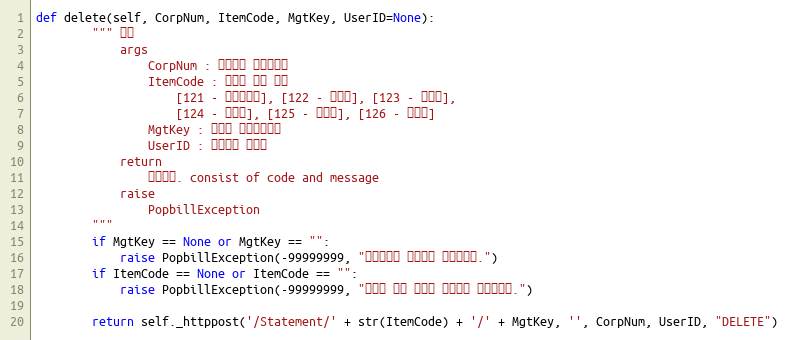
Language: Python
def delete(self, CorpNum, ItemCode, MgtKey, UserID=None):
        """ 삭제
            args
                CorpNum : 팝빌회원 사업자번호
                ItemCode : 명세서 종류 코드
                    [121 - 거래명세서], [122 - 청구서], [123 - 견적서],
                    [124 - 발주서], [125 - 입금표], [126 - 영수증]
                MgtKey : 파트너 문서관리번호
                UserID : 팝빌회원 아이디
            return
                처리결과. consist of code and message
            raise
                PopbillException
        """
        if MgtKey == None or MgtKey == "":
            raise PopbillException(-99999999, "관리번호가 입력되지 않았습니다.")
        if ItemCode == None or ItemCode == "":
            raise PopbillException(-99999999, "명세서 종류 코드가 입력되지 않았습니다.")

        return self._httppost('/Statement/' + str(ItemCode) + '/' + MgtKey, '', CorpNum, UserID, "DELETE")